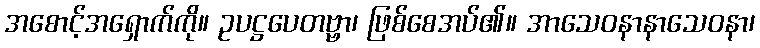
အစောင့်အရှောက်ကို။ ဥပဋ္ဌပေတဗ္ဗာ၊ ဖြစ်စေအပ်၏။ အာသေဝနာနာသေဝနာ၊